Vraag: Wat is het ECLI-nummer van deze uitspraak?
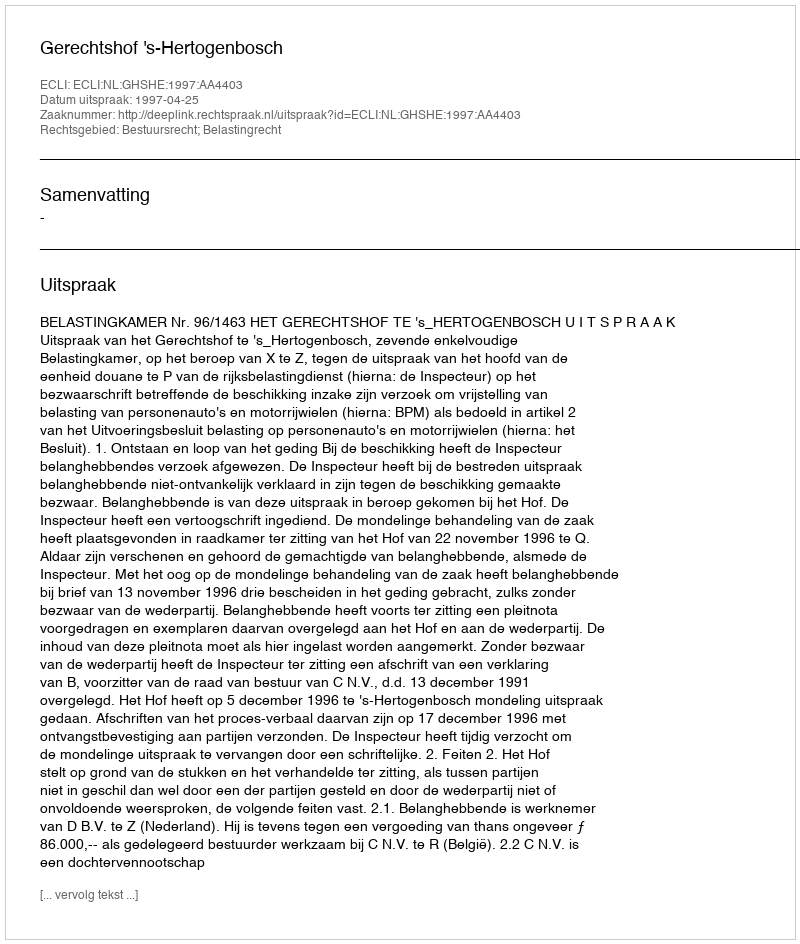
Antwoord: ECLI:NL:GHSHE:1997:AA4403